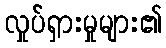
လှုပ်ရှားမှုများ၏